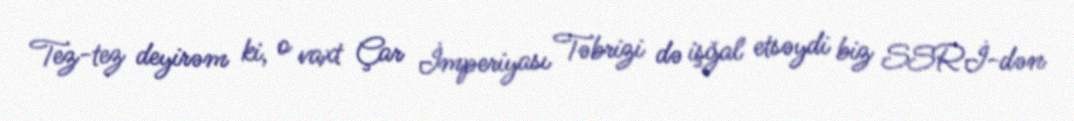
Tez-tez deyirəm ki, o vaxt Çar İmperiyası Təbrizi də işğal etsəydi biz SSRİ-dən